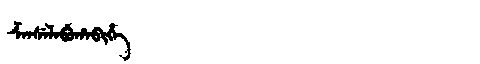
Manchu: ᡯᠠᠨᠰᡝᠯᠠᠪᡠᡥᠠᠪᡳᡥᡝ
Romanization: DZANSELABUHABIHE